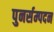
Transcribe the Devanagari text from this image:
पुनर्सम्पदन